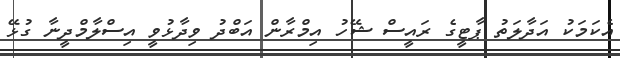
އެކަމަކު އަދާލަތު ޕާޓީގެ ރައީސް ޝޭހު އިމްރާން އަބްދު ވިދާޅުވީ އިސްލާމްދީނާ ގުޅޭ